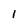
Character: l